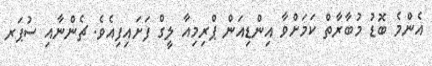
އެންމެ ބޮޑު މުބާރާތް ކަމަށްވާ އިންޑިއަން ޕްރިމިއާ ލީގް ފަށައިފިއެވެ. ޗެންނާއި ސުޕަރ